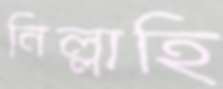
নিল্লাহি